Annual administration report of the Civil Veterinary Department of India - 1893-1894
Year: 1893
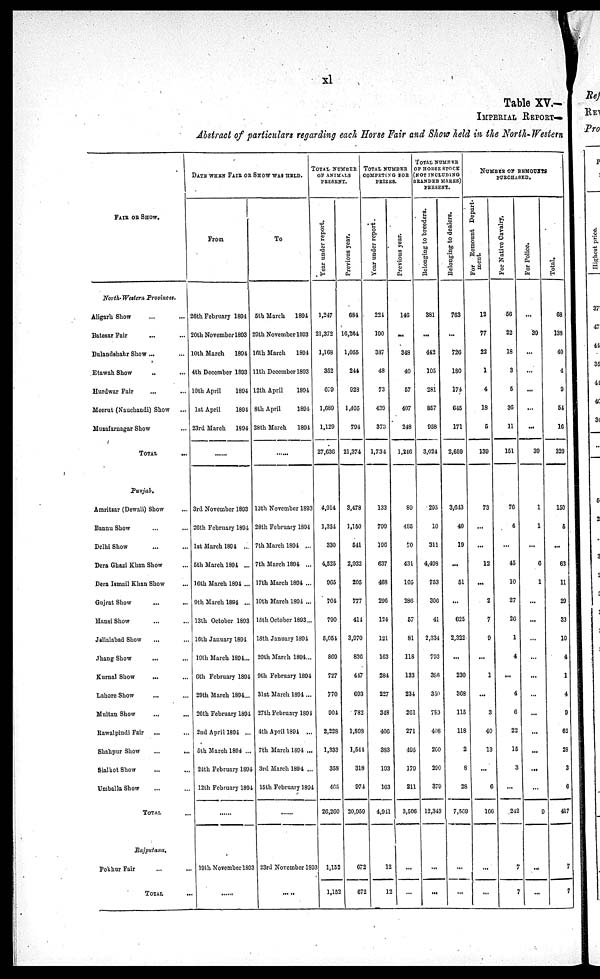
xl
Table XV.-
IMPERIAL REPORT-
Abstract of particulars regarding each Horse Fair and Show held in the North-Western
FAIR OR SHOW.
North-Western Provinces.
Aligarh Show ... ...
Batesar Fair ... ...
Bulandshahr Show ... ...
Etawah Show ... ...
Hurdwar Fair ... ...
Meerut (Nauchandi) Show ...
Muzafarnagar Show ...
TOTAL ...
Punjab.
Amritsar (Dewali) Show ... ...
Bannu Show ... ...
Delhi Show ... ...
Dera Ghazi Khan Show ... ...
Dera Ismail Khan Show ... ...
Gujrat Show ... ...
Hansi Show ... ...
Jgllalabad Show ... ...
Jhang Show ... ...
Kurnal Show ... ...
Lahore Show ... ...
Multan Show ... ...
Rawalpindi Fair ... ...
Shahpur Show ... ...
Sialkot Show ... ...
Umballa Show ... ...
TOTAL ...
Rajputana.
Pokhur Fair
TOTAL ...
DATE WHEN FAIR OR SHOW WAS HELD.
From
26th February 1894
20th November 1893
10th March
1894
4th December 1893
10th April
1894
1st April
1894
23rd March 1894
......
3rd November 1893
26th February 1894
1st March 1894 ...
5th March 1894 ...
16th March 1894 ...
9th March 1894 ...
13th October 1893
16th January 1894
19th March 1894...
6th February 1894
29th March 1894...
26th February 1894
2nd April 1894 ...
5th March 1894 ...
24th February 1894
12th February 1894
......
19th November 1893
......
To
5th March
1894
29th November 1893
16th March
1894
11th December 1893
12th April
1894
8th April
1894
28th March
1894
......
13th November 1893
28th February 1894
7th March 1894 ...
7th March 1894 ...
17th March 1894 ...
10th March 1894 ...
15th October 1893...
18th January 1894
20th March 1891...
9th February 1894
31st March 1894...
27th February 1894
4th April 1894 ...
7th March 1894 ...
3rd March 1894 ..
15th February 1894
......
23rd November 1893
......
TOTAL NUMBER
OF ANIMALS
PRESENT.
Year
under report.
1,247
21,372
1,168
352
679
1,689
1,129
27,636
4,914
1,324
330
4,525
965
704
790
5,054
869
727
770
904
2,228
1,333
358
465
26,260
1,152
1,152
Previous year.
684
16,264
1,055
244
928
1,405
794
21,374
3,478
1,150
541
2,932
205
777
414
3,970
836
447
693
782
1,898
1,544
318
974
20,959
672
672
TOTAL NUMBER
COMPETING FOR
PRIZES.
Year under report.
224
190
387
48
73
429
373
1,734
133
799
196
637
468
296
124
121
163
284
227
348
406
383
193
163
4,941
12
12
Previous year.
146
...
348
40
57
407
248
1,246
89
485
70
431
105
286
57
81
118
133
234
261
271
495
179
211
3,506
...
...
TOTAL NUMBER
OF HORSE STOCK
(NOT INCLUDING
BRANDED MARES)
PRESENT.
Belonging to breeders.
381
...
442
105
281
857
958
3,024
295
10
311
4,498
753
306
41
2,334
793
386
350
789
408
200
290
379
12,343
...
...
Belonging to dealers.
763
...
726
180
174
645
171
2,659
3,643
40
19
...
51
...
625
2,322
...
230
368
115
118
2
8
28
7,569
...
...
NUMBER OF REMOUNTS
PURCHASED.
For Remount Depart-
ment.
12
77
22
1
4
18
5
139
73
...
...
12
...
2
7
9
...
1
...
3
40
13
...
6
166
...
...
For Native Cavalry.
56
22
18
3
5
36
11
151
76
4
...
45
10
27
26
1
4
...
4
6
22
15
3
...
242
7
7
For Police.
...
39
...
...
...
...
...
39
1
1
...
6
1
...
...
...
...
...
...
...
...
...
...
...
9
...
...
Total.
68
138
40
4
9
54
16
329
150
5
...
63
11
29
33
10
4
1
4
9
62
28
3
6
417
7
7